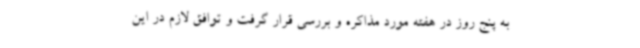
به پنج روز در هفته مورد مذاکره و بررسی قرار گرفت و توافق لازم در این